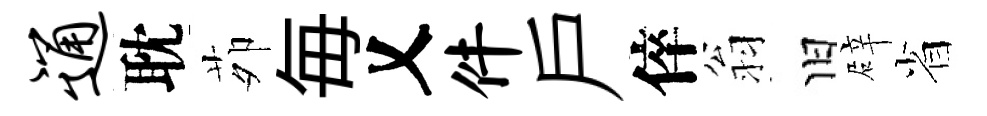
通耽茆毎乂件户倅翁旧辟省